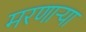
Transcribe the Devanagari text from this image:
मरणार्‍या